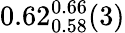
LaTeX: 0.62_{0.58}^{0.66}(3)